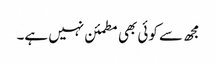
مجھ سے کوئی بھی مطمئن نہیں ہے۔